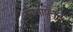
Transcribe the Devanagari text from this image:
रंगभाषेतून